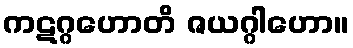
ကဋဂ္ဂဟောတိ ဇယဂ္ဂါဟော။